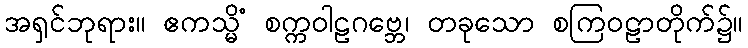
အရှင်ဘုရား။ ဧကသ္မိံ စက္ကဝါဠဂဗ္ဘေ၊ တခုသော စကြဝဠာတိုက်၌။